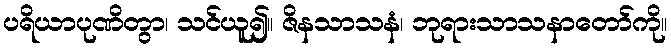
ပရိယာပုဏိတွာ၊ သင်ယူ၍။ ဇိနသာသနံ၊ ဘုရားသာသနာတော်ကို။